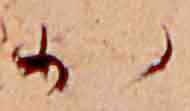
か